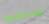
للترحيب